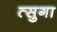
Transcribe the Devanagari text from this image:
त्सुगा